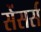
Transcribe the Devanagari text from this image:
सेंसर्स